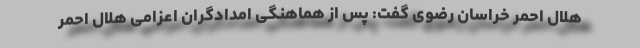
هلال احمر خراسان رضوی گفت: پس از هماهنگی امدادگران اعزامی هلال احمر